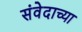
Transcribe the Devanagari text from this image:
संवेदाच्या